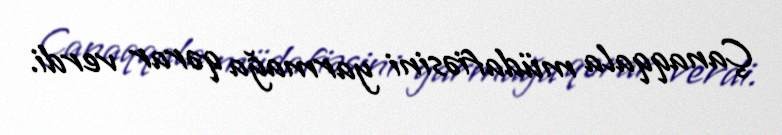
Çanaqqala müdafiəsini yarmağa qərar verdi.